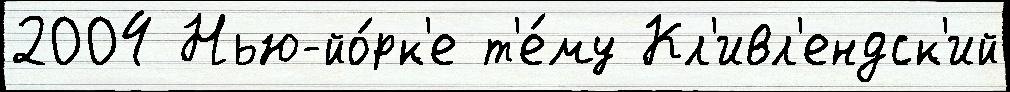
2004 Нью-йо́рк'е т'е́му Кл'ивл'ендск'ий